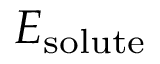
E _ { \mathrm { s o l u t e } }